Calcutta medical institutions reports 1871-78
Year: 1871
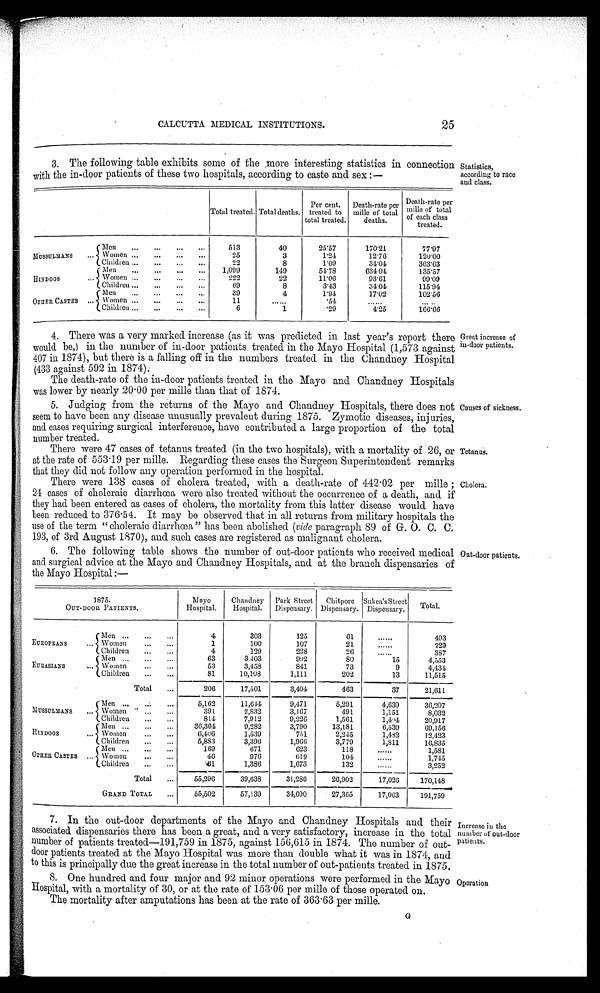
25
CALCUTTA MEDICAL INSTITUTIONS.
3. The following table exhibits some of the . more interesting statistics in connection statistics,
with the in-door patients of these two hospitals, according to caste and sex
according to race
and class.
Total treated, Total deaths. Per cent.
treated to
total treated.
Death-rate per
mille of total
deaths.
Death-rate per
mills of total
of each class
treated.
M U S S U L M A N S
Men
513
40
25. 57
170. 21
7 7 . 9 7
Women
/
25
3
1. 24
12. 76
1 2 0 . 0 0
Children
22
8
1. 09
34. 04
3 6 3 . 6 3
HINDOOS
Men
1 , 0 0 9
149
54. 78
634' 04
1 3 5 . 5 7
women
222
22
11. 06
93. 61
9 9 . 0 9
Children
69
8
3. 43
34. 04
1 1 5 . 9 4
OTHER CASTES .
Men
39
4
1. 94
17. 02
1 0 2 . 5 6
Women
11
54
Children
6
1
29
4 . 2 5
1 6 6 . 6 6
4. There was a very marked increase (as it was predicted in last year's report there Great increase of
patients.
would be,) in the number of in-door patients treated in the Mayo Hospital (1,573 against in-door
407 in 1874), but there is a falling off in the numbers treated in the Chandney Hospital
(433 against 592 in 1874):
The death-rate of the in-door patients treated in the Mayo and Chandney Hospitals
was lower by nearly 20 .00 per mille than that of 1874.
5. Judging from the returns of the Mayo and Chandney Hospitals, there does not Causes of sickness.
seem to have been any disease unusually prevalent during 1875. Zymotic diseases, injuries,
and cases requiring surgical interference, have contributed a large proportion of the total
number treated.
There were 47 cases of tetanus treated (in the two hospitals), with a mortality of 26, or Tetanus.
at the rate of 553 .19 per mille. Regarding these cases the Surgeon. Superintendent remarks
that they did not follow any operation performed in the hospital.
There were 138 cases of cholera treated, with a death-rate of 442 .02 per mille ; Cholera.
24 cases of choleraic diarrhœa were also treated without the occurrence of a death, and if
they had been entered as cases of cholera, the mortality from this latter disease would have
been reduced to 376.54. It may be observed that in all returns from military hospitals the
use of the term " choleraic diarrhœa" has been abolished (vide paragraph 89 of G. 0. C. C.
193, of 3rd August. 1870), and such cases are registered as malignant cholera.
6. The following table shows the number of out-door patients who received medical Out-door patients.
and surgical advice at the Mayo and Chandney Hospitals, and at the branch dispensaries of
the Mayo Hospital :-
1875.
OUT- DOOR PATI ENTS.
Mayo
Hospital. Chandney Hospital. Park Street
Dispensary. Chitpore
Dispensary. Sukea' s Street
Dispensary. Total.
EUROPEANS
Men
4
303
125
61
493
Women
1
100
107
21
229
Children
4
129
228
26
387
EURASIANS Men
63
3.403
992
80
15
4 . 5 5 3
Women
53
3.458
841
73
9
4 . 4 3 4
Children
81
10.108
1.111
202
13
11.515
Total
206
17.501
3. 404
463
37
2 1 . 6 1 1
Men
5, 162
11,644
9,471
5,291
4,639
3 6 , 2 0 7
MUSSULMANS Women
391
2. 832
3.167
491
1.151
8 . 0 3 2
Children
814
7.912
9. 226
1.561
1.494
2 0 . 9 1 7
Men
36. 364
9. 282
3. 790
13.181
6,539
69.156
„ HUNDOOS Women
6. 406
1.539
751
2.245
1.482
1 2 . 4 2 3
Children
5. 883
3.396
1. 966
3.779
1.811
1 6 . 8 3 5
Men
169
671
623
118
1 . 5 8 1
OTHER CASTES Women
4 6
976
619
104
1 . 7 4 5
Children
6 1
1,386
1,673
132
3 . 2 5 2
Total
55. 296
39.638
31.286
26.902
17.020
1 7 0 . 1 4 8 -..
GRAND TOTAL
55. 502
57.139
34. 690
27.365
17.063
1 9 1 . 7 5 9
7. In the out-door departments of the Mayo and Chandney Hospitals and their
associated dispensaries there has been a great, and a very satisfactory, increase in the total
number of patients treated-191,759 in 1875, against 156,615 in 1874. The number of out-
door patients treated at the Mayo Hospital was more than double what it was in 1874, and
to this is principally due the great increase in the total number of out-patients treated in 1875.
8. One hundred and four major and 92 minor operations were performed in the Mayo Operation
Hospital, with a mortality of 30, or at the rate of 153.06 per mille of those operated on.
The mortality after amputations has been at the rate of 363.63 per mile.
Increase in the
number of out-door
patients.
G